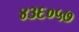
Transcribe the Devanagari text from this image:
४३६०५७